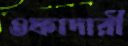
ওফাদারী